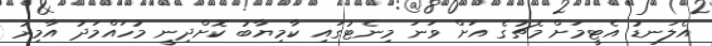
އެލަނޑު އެޓީމަށް މެޗުގެ އަށް ވަނަ މިނެޓުގައި ކާމިޔާބު ކޮށްދިނީ މުހައްމަދު އާމިރު